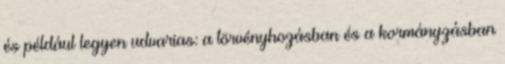
és például legyen udvarias: a törvényhozásban és a kormányzásban